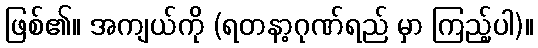
ဖြစ်၏။ အကျယ်ကို (ရတနာ့ဂုဏ်ရည် မှာ ကြည့်ပါ)။